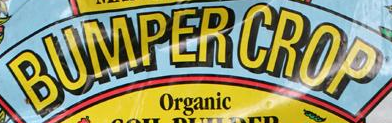
BUMPER CROP